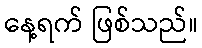
နေ့ရက် ဖြစ်သည်။